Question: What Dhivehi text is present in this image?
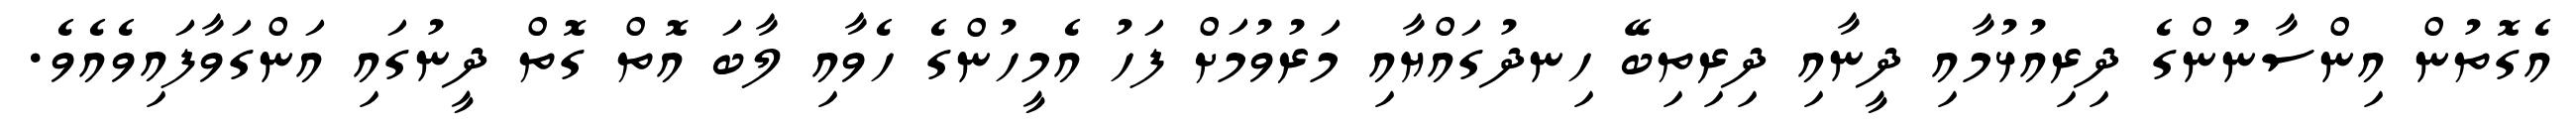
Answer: އެގޮތުން އިންސާނުންގެ ދިރިއުޅުމާއި ދީނާއި ދިރިތިބޭ ހިނދުގައްޔާއި މަރުވުމަށް ފަހު އެމީހުންގެ ހެވާއި ލާބަ އޮތް ގޮތް ދީނުގައި އަންގަވާފައިވެއެވެ.